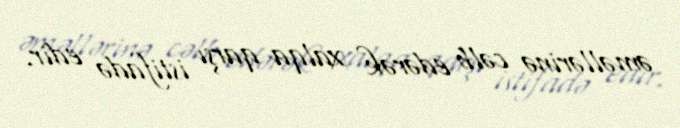
əməllərinə cəlb edərək xalqa qarşı istifadə edir.